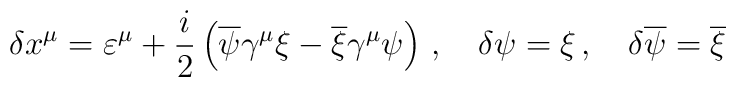
\delta x^{\mu}=\varepsilon^{\mu}+\frac{i}{2}\left( \overline{\psi}\gamma^{\mu}\xi-\overline{\xi}\gamma^{\mu}\psi\right)\,,\quad\delta\psi=\xi\,,\quad \delta\overline{\psi}=\overline{\xi}